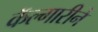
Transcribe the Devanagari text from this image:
कॅल्गारीने